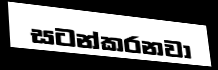
සටන්කරනවා